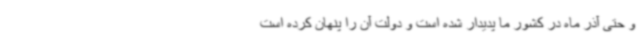
و حتی آذر ماه در کشور ما پدیدار شده است و دولت آن را پنهان کرده است